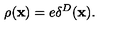
\rho ( { \bf x } ) = e \delta ^ { D } ( { \bf x } ) .